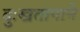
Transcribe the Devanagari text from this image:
दुःखतापाने